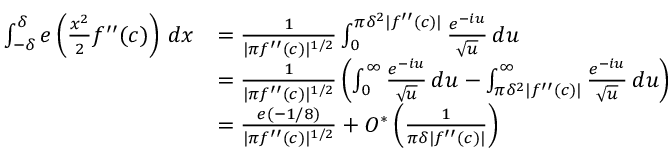
\begin{array} { r l } { \int _ { - \delta } ^ { \delta } e \left( \frac { x ^ { 2 } } { 2 } f ^ { \prime \prime } ( c ) \right) \, d x } & { = \frac { 1 } { | \pi f ^ { \prime \prime } ( c ) | ^ { 1 / 2 } } \int _ { 0 } ^ { \pi \delta ^ { 2 } | f ^ { \prime \prime } ( c ) | } \frac { e ^ { - i u } } { \sqrt { u } } \, d u } \\ & { = \frac { 1 } { | \pi f ^ { \prime \prime } ( c ) | ^ { 1 / 2 } } \left( \int _ { 0 } ^ { \infty } \frac { e ^ { - i u } } { \sqrt { u } } \, d u - \int _ { \pi \delta ^ { 2 } | f ^ { \prime \prime } ( c ) | } ^ { \infty } \frac { e ^ { - i u } } { \sqrt { u } } \, d u \right) } \\ & { = \frac { e ( - 1 / 8 ) } { | \pi f ^ { \prime \prime } ( c ) | ^ { 1 / 2 } } + O ^ { * } \left( \frac { 1 } { \pi \delta | f ^ { \prime \prime } ( c ) | } \right) } \end{array}